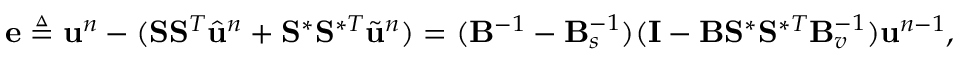
\mathbf { e } \triangleq \ensuremath { \mathbf { u } } ^ { n } - ( \mathbf { S } \mathbf { S } ^ { T } \hat { \ensuremath { \mathbf { u } } } ^ { n } + \mathbf { S } ^ { \ast } \mathbf { S } ^ { \ast T } \Tilde { \ensuremath { \mathbf { u } } } ^ { n } ) = ( \mathbf { B } ^ { - 1 } - \mathbf { B } _ { s } ^ { - 1 } ) ( \mathbf { I } - \mathbf { B } \mathbf { S } ^ { \ast } \mathbf { S } ^ { \ast T } \mathbf { B } _ { v } ^ { - 1 } ) \ensuremath { \mathbf { u } } ^ { n - 1 } ,